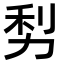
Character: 𠡩